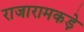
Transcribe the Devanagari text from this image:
राजारामकड़े